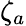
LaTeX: \zeta_{a}